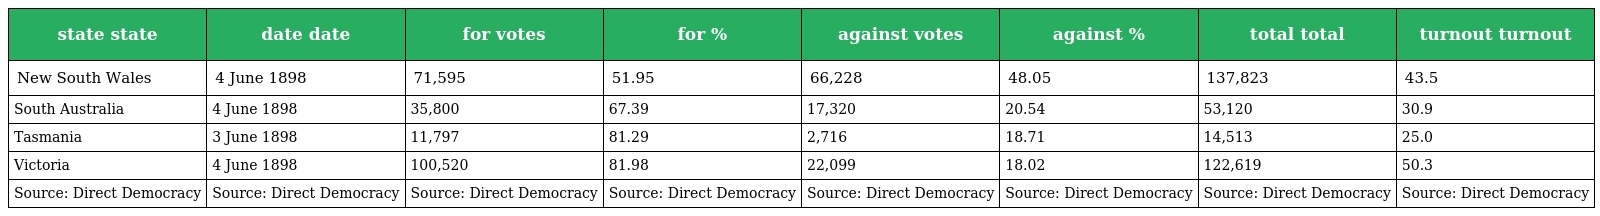
| state state | date date | for votes | for % | against votes | against % | total total | turnout turnout |
 | --- | --- | --- | --- | --- | --- | --- | --- |
 | New South Wales | 4 June 1898 | 71,595 | 51.95 | 66,228 | 48.05 | 137,823 | 43.5 |
 | South Australia | 4 June 1898 | 35,800 | 67.39 | 17,320 | 20.54 | 53,120 | 30.9 |
 | Tasmania | 3 June 1898 | 11,797 | 81.29 | 2,716 | 18.71 | 14,513 | 25.0 |
 | Victoria | 4 June 1898 | 100,520 | 81.98 | 22,099 | 18.02 | 122,619 | 50.3 |
 | Source: Direct Democracy | Source: Direct Democracy | Source: Direct Democracy | Source: Direct Democracy | Source: Direct Democracy | Source: Direct Democracy | Source: Direct Democracy | Source: Direct Democracy |